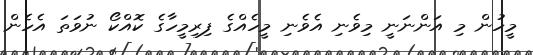
މީހުން މި އަންނަނީ މިވެނި އެވެނި މީހެއްގެ ފިރިމީހާގެ ކޮއްކޯ ނުވަތަ އެހެން